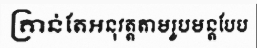
គ្រាន់តែអនុវត្តតាមរូបមន្តបែប